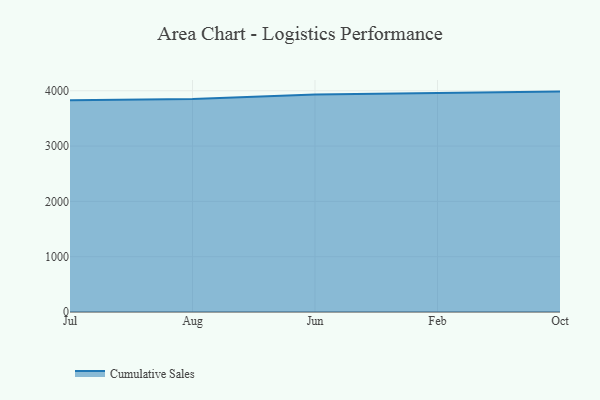
{"axis": {"x": "Month", "y": "Population (Million)"}, "legend": ["Cumulative Sales"], "data": [{"x": "Jul", "y": 3828.1, "type": "Cumulative Sales"}, {"x": "Aug", "y": 3851.9, "type": "Cumulative Sales"}, {"x": "Jun", "y": 3930.8, "type": "Cumulative Sales"}, {"x": "Feb", "y": 3952.9, "type": "Cumulative Sales"}, {"x": "Oct", "y": 3984.8, "type": "Cumulative Sales"}]}